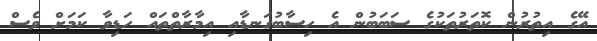
އޭގެ އިތުރުން ކޮތަރުތަކުގެ ސަބަބުން އެ ހިސާބުގަނޑާއި އިމާރާތްތައް ހަޑިވާ ކަމަށް ވެސް